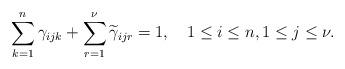
LaTeX: \begin{align*}\sum_{k=1}^{n}\gamma_{ijk}+\sum_{r=1}^{\nu}\widetilde{\gamma}_{ijr}=1,\quad1\leq i\leq n,1\leq j\leq\nu.\end{align*}